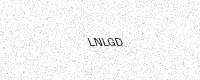
Text: LNLGD